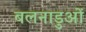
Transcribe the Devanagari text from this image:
बलनाडुओं